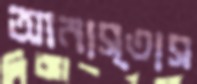
আনাস্তাস